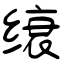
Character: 缞